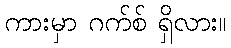
ကားမှာ ဂက်စ် ရှိလား။